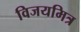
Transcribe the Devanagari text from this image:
विजयमित्र